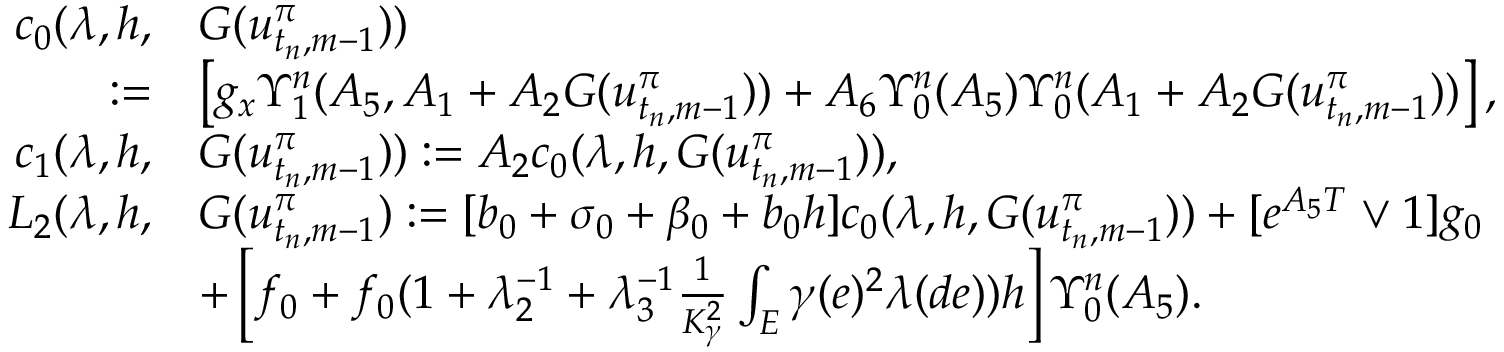
\begin{array} { r } { \begin{array} { r l } { c _ { 0 } ( \lambda , h , } & { G ( u _ { t _ { n } , m - 1 } ^ { \pi } ) ) } \\ { : = } & { \left[ g _ { x } \Upsilon _ { 1 } ^ { n } ( A _ { 5 } , A _ { 1 } + A _ { 2 } G ( u _ { t _ { n } , m - 1 } ^ { \pi } ) ) + A _ { 6 } \Upsilon _ { 0 } ^ { n } ( A _ { 5 } ) \Upsilon _ { 0 } ^ { n } ( A _ { 1 } + A _ { 2 } G ( u _ { t _ { n } , m - 1 } ^ { \pi } ) ) \right] , } \\ { c _ { 1 } ( \lambda , h , } & { G ( u _ { t _ { n } , m - 1 } ^ { \pi } ) ) : = A _ { 2 } c _ { 0 } ( \lambda , h , G ( u _ { t _ { n } , m - 1 } ^ { \pi } ) ) , } \\ { L _ { 2 } ( \lambda , h , } & { G ( u _ { t _ { n } , m - 1 } ^ { \pi } ) : = [ b _ { 0 } + \sigma _ { 0 } + \beta _ { 0 } + b _ { 0 } h ] c _ { 0 } ( \lambda , h , G ( u _ { t _ { n } , m - 1 } ^ { \pi } ) ) + [ e ^ { A _ { 5 } T } \vee 1 ] g _ { 0 } } \\ & { + \left[ f _ { 0 } + f _ { 0 } ( 1 + \lambda _ { 2 } ^ { - 1 } + \lambda _ { 3 } ^ { - 1 } \frac { 1 } { K _ { \gamma } ^ { 2 } } \int _ { E } \gamma ( e ) ^ { 2 } \lambda ( d e ) ) h \right] \Upsilon _ { 0 } ^ { n } ( A _ { 5 } ) . } \end{array} } \end{array}